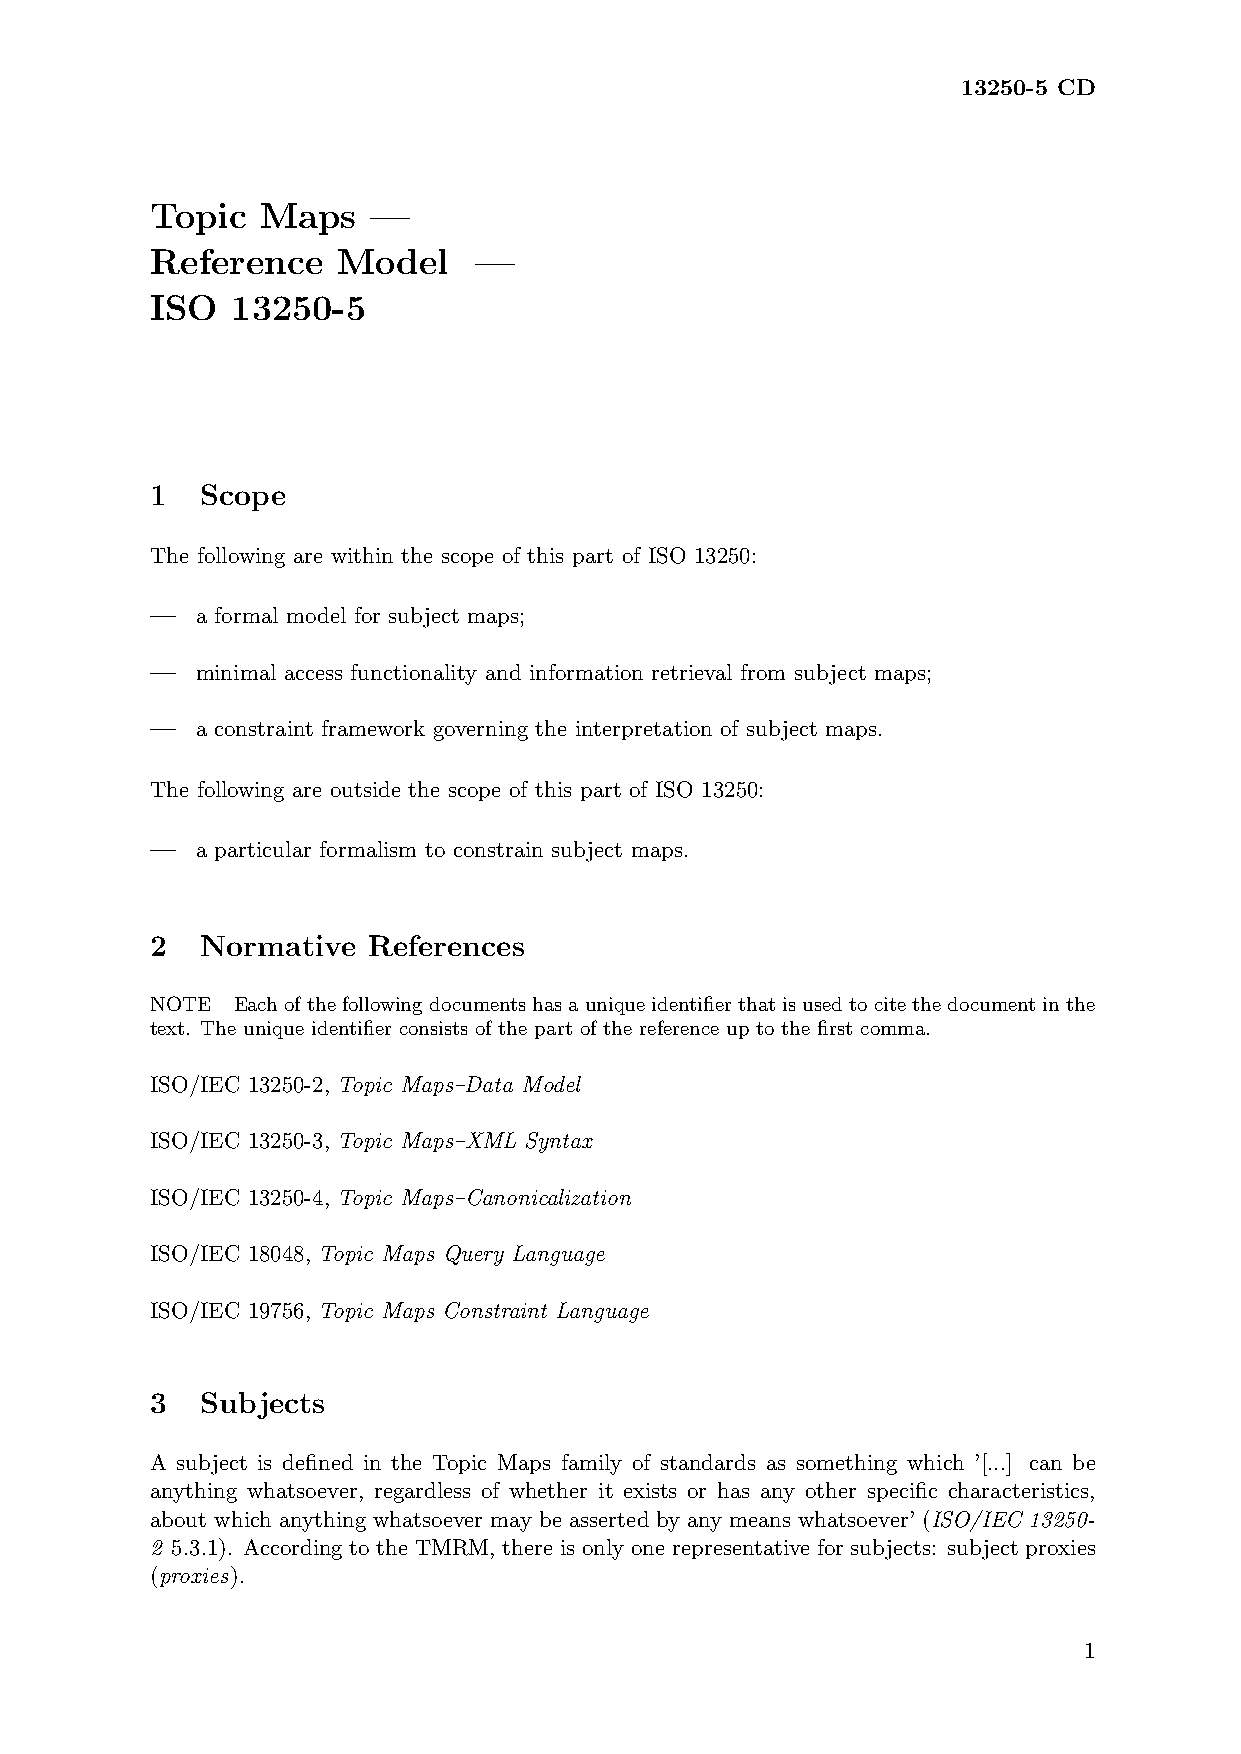
13250-5 CD
 Topic  Maps   —
 Reference   Model    —
 ISO  13250-5
 1  Scope
 The following are within the scope of this part of ISO 13250:
 —  a formal model for subject maps;
 —  minimal access functionality and information retrieval from subject maps;
 —  a constraint framework governing the interpretation of subject maps.
 The following are outside the scope of this part of ISO 13250:
 —  a particular formalism to constrain subject maps.
 2  Normative  References
 NOTE Eachofthefollowingdocumentshasauniqueidentifierthatisusedtocitethedocumentinthe
 text. The unique identifier consists of the part of the reference up to the first comma.
 ISO/IEC 13250-2, Topic Maps–Data Model
 ISO/IEC 13250-3, Topic Maps–XML Syntax
 ISO/IEC 13250-4, Topic Maps–Canonicalization
 ISO/IEC 18048, Topic Maps Query Language
 ISO/IEC 19756, Topic Maps Constraint Language
 3  Subjects
 A subject is defined in the Topic Maps family of standards as something which ’[...] can be
 anything whatsoever, regardless of whether it exists or has any other specific characteristics,
 about which anything whatsoever may be asserted by any means whatsoever’ (ISO/IEC 13250-
 2 5.3.1). According to the TMRM, there is only one representative for subjects: subject proxies
 (proxies).
 1